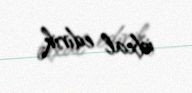
idxal edirik.